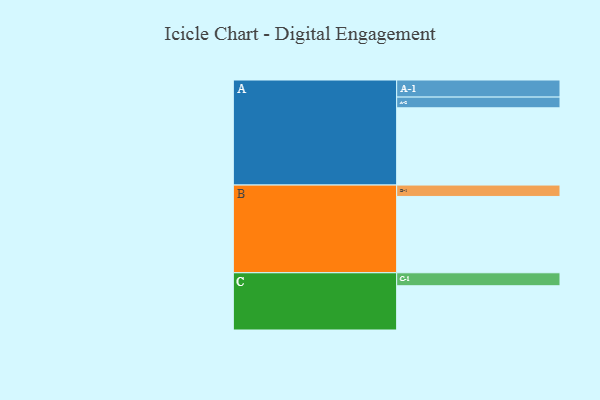
{"axis": {"x": "Segment", "y": "Value"}, "legend": ["", "A", "B", "C"], "data": [{"x": "A", "y": 583, "type": ""}, {"x": "B", "y": 576, "type": ""}, {"x": "C", "y": 334, "type": ""}, {"x": "A-1", "y": 129, "type": "A"}, {"x": "A-2", "y": 81, "type": "A"}, {"x": "B-1", "y": 86, "type": "B"}, {"x": "C-1", "y": 98, "type": "C"}]}